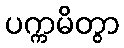
ပက္ကမိတွာ